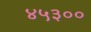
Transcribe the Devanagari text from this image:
४५३००